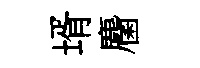
壻麕